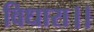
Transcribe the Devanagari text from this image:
विधारा।।